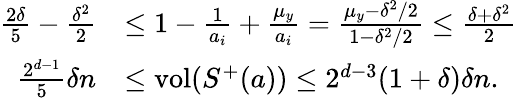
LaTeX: \begin{array}{rl}{\frac{2\delta}{5}-\frac{\delta^{2}}{2}}&{\le 1-\frac{1}{a_{i}}+\frac{\mu_{y}}{a_{i}}=\frac{\mu_{y}-\delta^{2}/2}{1-\delta^{2}/2}\le\frac{\delta+\delta^{2}}{2}}\\ {\frac{2^{d-1}}{5}\delta n}&{\le\mathrm{vol}(S^{+}(a))\le 2^{d-3}(1+\delta)\delta n.}\end{array}